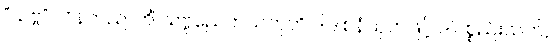
“သဗ္ဗ” လိန်တည်၊ ကိံ သဗ္ဗညေကယကုဟိ ဒါဒါစနံသုတ်ဖြင့် ဒါပစ္စည်းသက်,